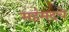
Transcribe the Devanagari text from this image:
महंमदचे